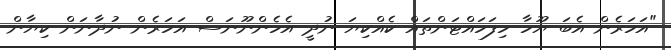
"އަހަރެން އެބަ ޔޫހާ ހިފަހައްޓަންތައް ކެއްކިޔަ ނުދީ އެހެންނޫނަސް އަހަރެން ނުދާނަން ކިޔާން